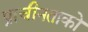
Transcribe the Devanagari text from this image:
प्राचीनताको